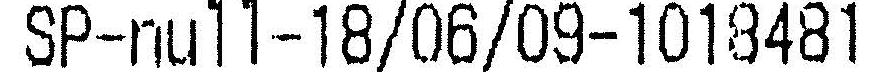
SP-NULL-18/06/09-1018481